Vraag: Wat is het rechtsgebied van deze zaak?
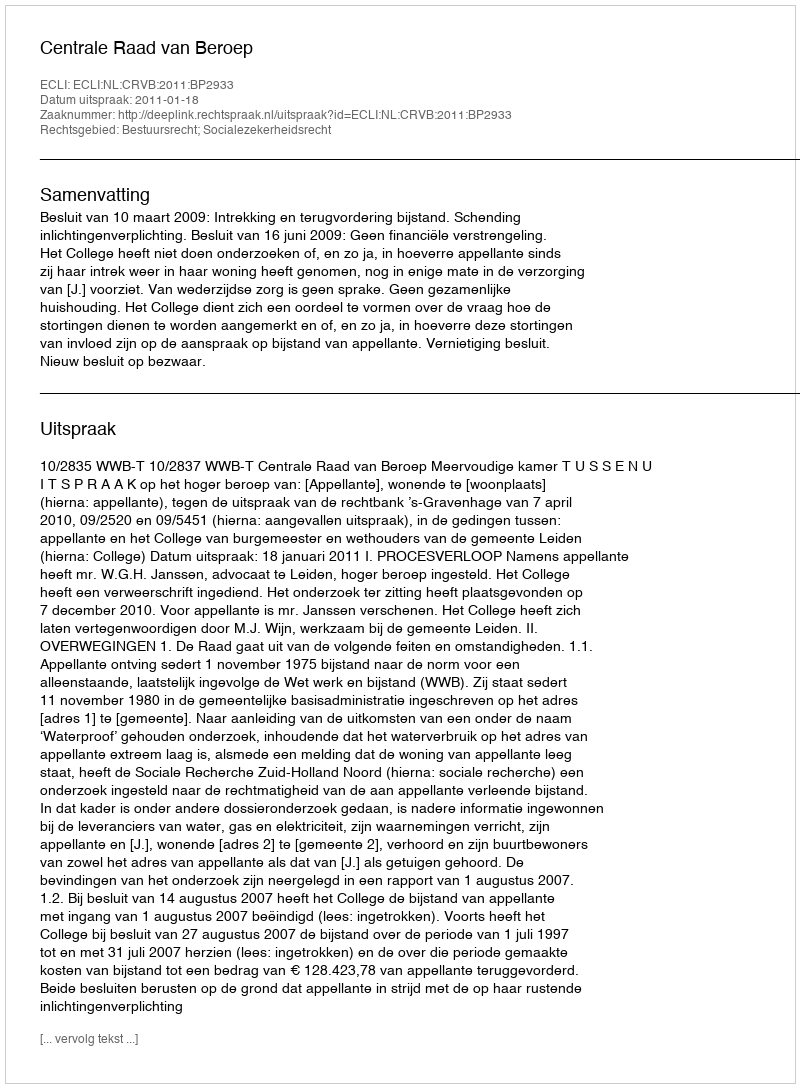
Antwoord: Bestuursrecht; Socialezekerheidsrecht